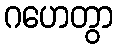
ဂဟေတွာ